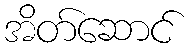
အိတ်ဆောင်